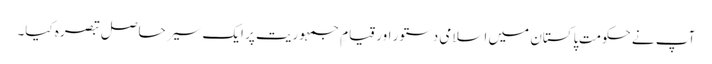
آپ نے حکومتِ پاکستان میں اسلامی دستور اور قیامِ جمہوریت پر ایک سیر حاصل تبصرہ کیا۔